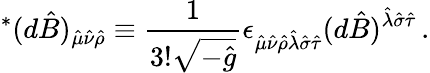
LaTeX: {}^{*}(d\hat{B})_{\hat{\mu}\hat{\nu}\hat{\rho}}\equiv{\frac{1}{3!{\sqrt{-{\hat{g}}}}}}\epsilon_{\hat{\mu}\hat{\nu}\hat{\rho}\hat{\lambda}\hat{\sigma}\hat{\tau}}(d\hat{B})^{\hat{\lambda}\hat{\sigma}\hat{\tau}}\, .